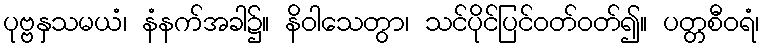
ပုဗ္ဗနှသမယံ၊ နံနက်အခါ၌။ နိဝါသေတွာ၊ သင်ပိုင်ပြင်ဝတ်ဝတ်၍။ ပတ္တစီဝရံ၊